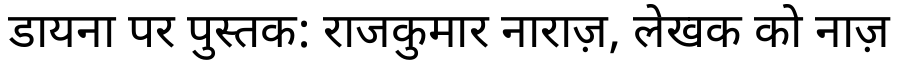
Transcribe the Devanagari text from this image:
डायना पर पुस्तक: राजकुमार नाराज़, लेखक को नाज़